Account of plague administration in the Bombay Presidency from September 1896 till May 1897
Year: 1896
Disease focus: Plague
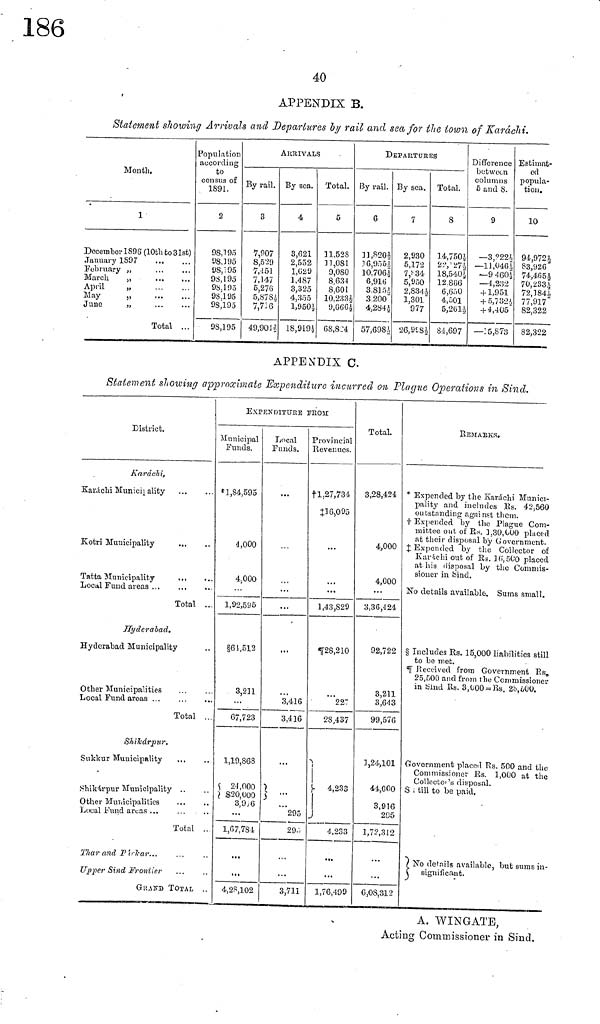
APPENDIX B.
Statement showing Arrivals and Departures by rail and sea for the town of Karachi.
Month.
1
December 1896 (10th to 31st)
January 1897
February ,,
March ,,
April ,,
May ,,
June ,,
Total ...
Population
according
to
census of
1891.
2
98, 195
98, 195
98, 195
98,l95
98,195
98,195
98,195
98,195
ARRIVALS
By rail.
3
7,907
8,529
7,451
7,147
5,276
5, 878, 1 / 2
7,736
49,901 1 / 2
By sea.
4
3,621
2,552
1,629
1,487
3,325
4,355
1,950 1 / 2
18,919 1 / 2
Total.
5
11,528
] 11,081
9,080
8,634
8,601
10.233 1 / 2
9,666 1 / 2
68,824
DEPARTURES
By rail.
6
]], 820 1 / 2
16,955
10,706½
6,910
8.815½
3 200
4,284½
57, 698 ½
By sea.
7
2,930
5,172
7,834
5,950
2,834½
1,301
977
26,998½
Total.
8
14,750½
22,17½
18,540 ½
12 806
6,650
4, 501
5,261 ½
84,697
Difference
columns
5 and 8.
9
— 3,?22½
—11,046½
—9 460½
—4,232
+ 1,951
+ 5,732½
+ 4,405
— 15,873
Estimat-
ed
popula-
tion.
10
94,9721
83,926
74,465 ½
70, 233½
72,184½
77,917
82,322
82,322
APPENDIX C.
Statement showing approximate Expenditure incurred on Plague Operations in Sind.
District.
Karáchi,
Karachi Municipality
Kotri Municipality
Tatta Municipality
Local Fund areas ...
Total ..
Hyderabad.
Hyderabad Municipality
Other Municipalities
Local Fund aroas ...
Total ..
Shikárpur.
Sukkur Municipality
Shikárpur Municipality ..
Other Municipalities
Local Fund areas ...
Total ..
Thar and Pirkar...
Upper Sind Frontier
GRAND TOTAL
EXPENDITURE FROM
Municipal
Funds.
* 1,84,595
4,000
4,000
1,92,595
§61,512
3,211
67,723
1,19,868
24,000
$20,000
3,9 , 6
1,67,784
4,28,102
Local
Funds.
3,416
3,416
295
294
3,711
Provincial
Revenues.
†1,27,734
‡16,095
1,43,829
¶28,210
227
28,437
4,233
4,233
1,76,499
Total.
3,28,424
4,000
4,000
3,36,424
92,722
3,211
3,643
99,576
3,24,101
44,000
3,916
205
1,72,312
6,08,312
REMARKS.
* Expended by the Karáchi Munici-
pality and includes Es. 42,560
outstanding against them.
† Expended by the Plague Com-
mittee out of Rs. 3,80,000 placed
at their disposal by Government.
‡ Expended by the Collector of
Karáchi out of Rs. 16,500 placed
at his disposal by the Commis-
sioner in Sind.
No details available. Sums small.
§ Includes Rs. 15,000 liabilities still
to be met.
¶ Received from Government Rs.
25,500 and from the Commissioner
in Sind Rs. 3,000 = Rs. 28,600.
Government placed Rs. 500 and the
Commissioner Es. 1,000 at the
Collector's disposal.
S till to be paid.
No details available, but sums in-
significant.
A. WIN GATE,
Acting Commissioner in Sind.